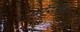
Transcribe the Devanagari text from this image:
फोरमचा